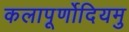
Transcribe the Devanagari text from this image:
कलापूर्णोदियमु